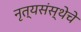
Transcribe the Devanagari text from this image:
नृत्यसंस्थेचे